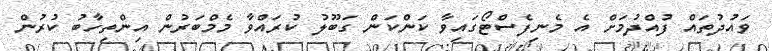
ވައުދުތައް ފުއްދުމަށް އެ މެނިފެސްޓޯގައިވާ ކަންކަން ގަބޫލު ކުރައްވާ މެމްބަރުން އިންތިހާބު ކުރުން